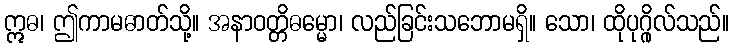
ဣဓ၊ ဤကာမဓာတ်သို့။ အနာဝတ္တိဓမ္မော၊ လည်ခြင်းသဘောမရှိ။ သော၊ ထိုပုဂ္ဂိုလ်သည်။